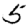
Digit: 5